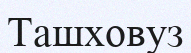
Ташховуз